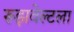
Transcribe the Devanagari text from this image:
रूझवेल्टला